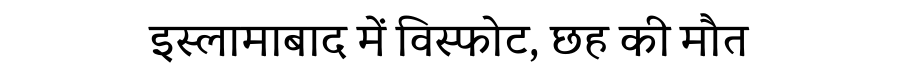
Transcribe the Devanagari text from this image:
इस्लामाबाद में विस्फोट, छह की मौत